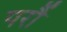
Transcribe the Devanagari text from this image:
परौं